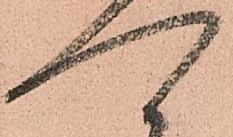
可